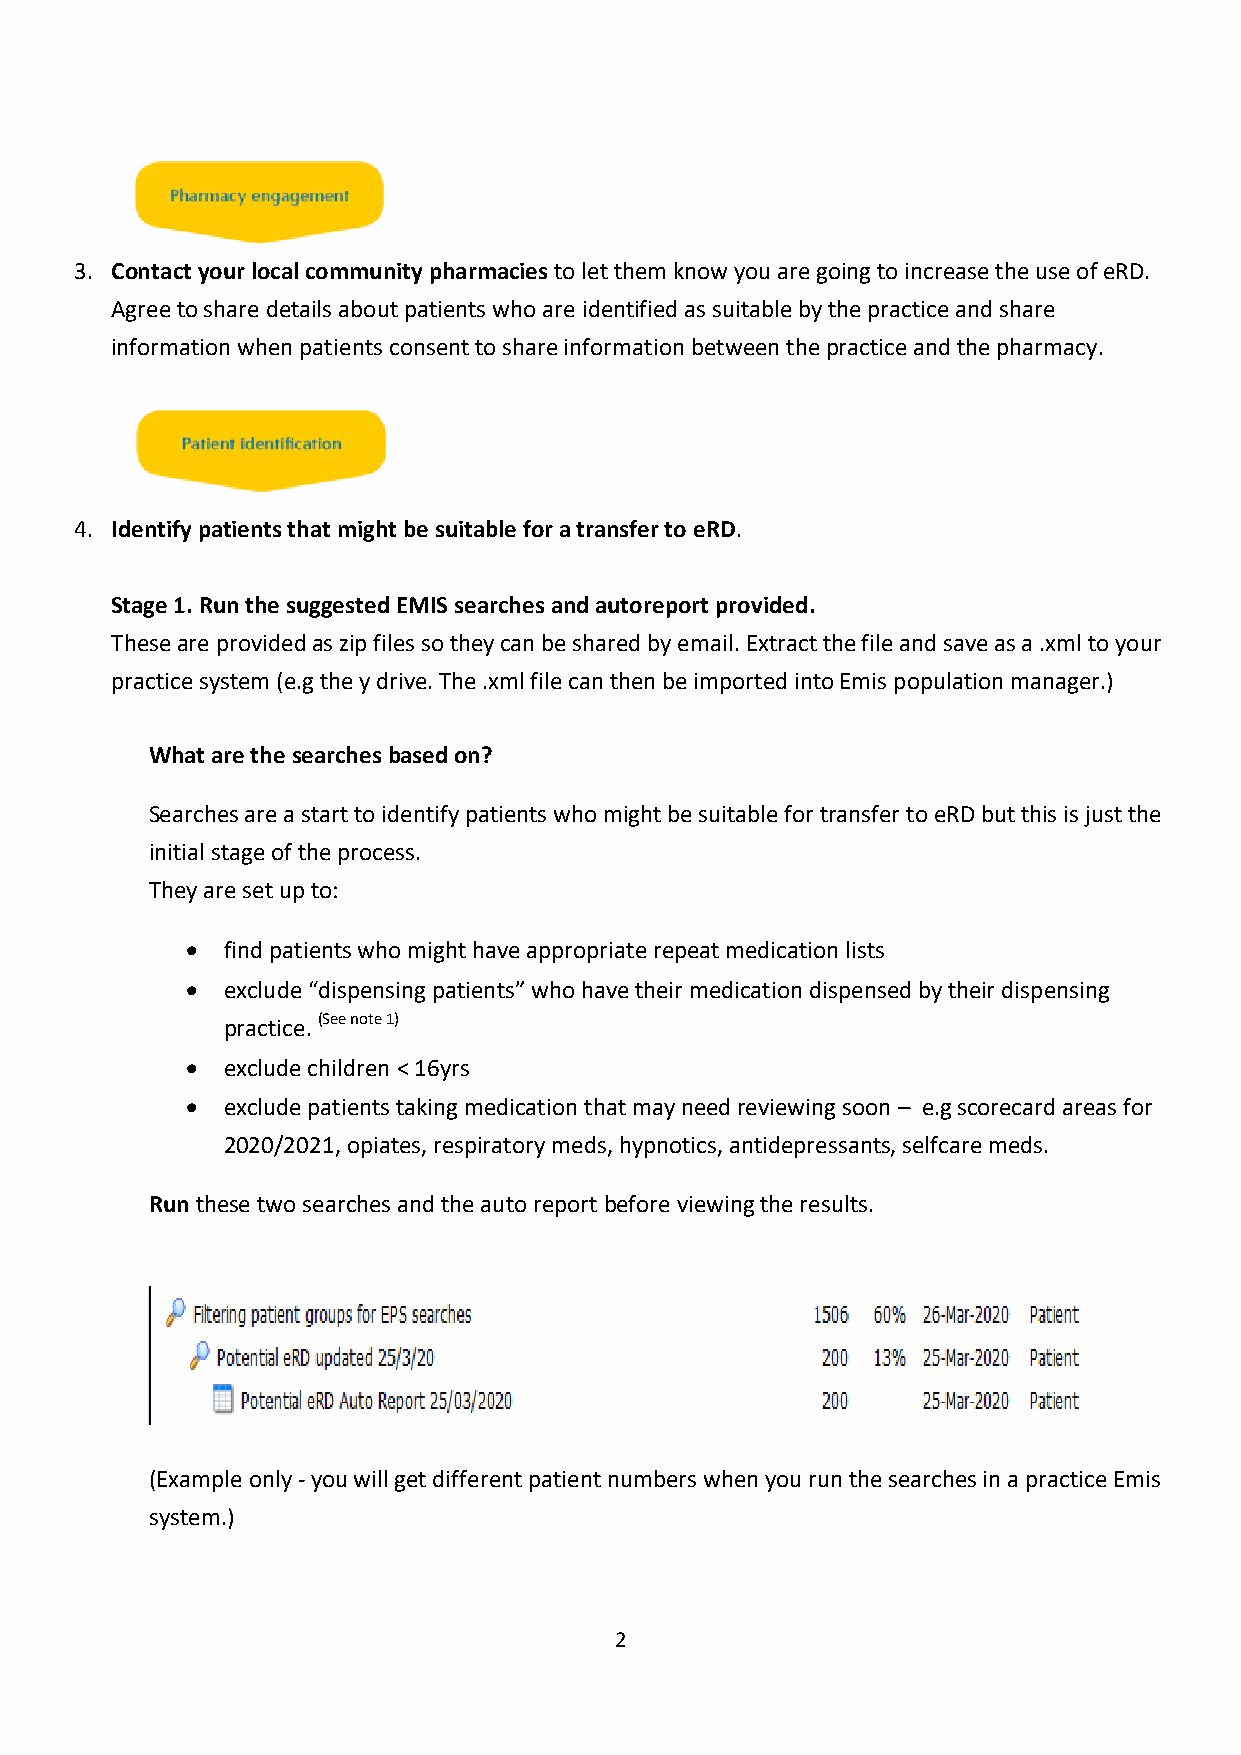
3. Contact your local community pharmacies to let them know you are going to increase the use of eRD.
 Agree to share details about patients who are identified as suitable by the practice and share
 information when patients consent to share information between the practice and the pharmacy.
 4. Identify patients that might be suitable for a transfer to eRD.
 Stage 1. Run the suggested EMIS searches and autoreport provided.
 These are provided as zip files so they can be shared by email. Extract the file and save as a .xml to your
 practice system (e.g the y drive. The .xml file can then be imported into Emis population manager.)
 What are the searches based on?
 Searches are a start to identify patients who might be suitable for transfer to eRD but this is just the
 initial stage of the process.
 They are set up to:
   find patients who might have appropriate repeat medication lists
   exclude “dispensing patients” who have their medication dispensed by their dispensing
 practice. (See note 1)
   exclude children < 16yrs
   exclude patients taking medication that may need reviewing soon – e.g scorecard areas for
 2020/2021, opiates, respiratory meds, hypnotics, antidepressants, selfcare meds.
 Run these two searches and the auto report before viewing the results.
 (Example only - you will get different patient numbers when you run the searches in a practice Emis
 system.)
 2